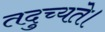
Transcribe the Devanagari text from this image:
तदुच्यते।